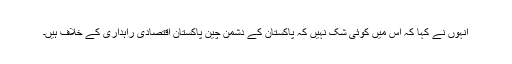
انہوں نے کہا کہ اس میں کوئی شک نہیں کہ پاکستان کے دشمن چین پاکستان اقتصادی راہداری کے خلاف ہیں۔